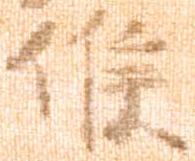
候